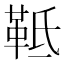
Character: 䩚